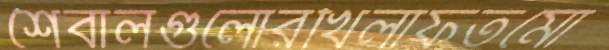
শৈবালগুলোরখিলাফতমো